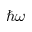
\hbar \omega